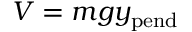
V = m g y _ { \mathrm { p e n d } }